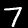
Label: 7